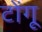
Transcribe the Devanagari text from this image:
टोंगू